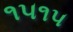
૧૫૧૫